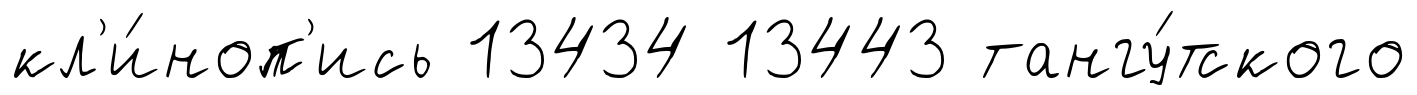
кл'и́ноп'ись 13434 13443 тангу́тского